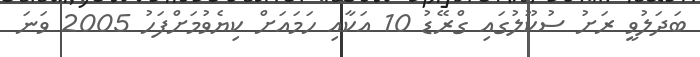
ބަދަލުވީ ރަށު ސުކޫލުގައި ގްރޭޑު 10 އަކާއި ހަމައަށް ކިޔެވުމަށްފަހު 2005 ވަނަ